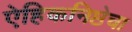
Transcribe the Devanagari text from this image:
ऐहिकनिष्ठेचा